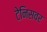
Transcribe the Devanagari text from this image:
टेनिसवर